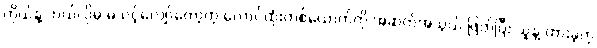
ကိုယ်နဲ့ ဘယ်လိုမှ မသင့်လျော်တော့တဲ့ လောင်ထုံးတစ်ယောက်ကို အဆက်အသွယ် ဖြတ်ပြီး သူနဲ့ ထားခဲ့တဲ့